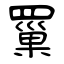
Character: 罺